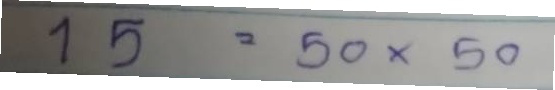
15 = 50x50